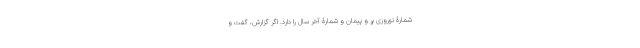
شمارۀ نوروزی پُر و پیمان و شمارۀ آخر سال را دارد. اگر گزارش، گفت و